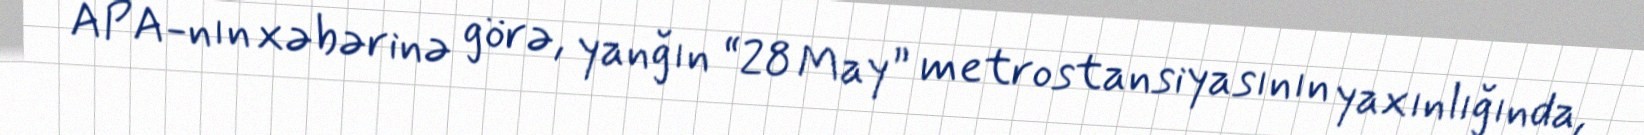
APA-nın xəbərinə görə, yanğın “28 May” metrostansiyasının yaxınlığında,